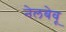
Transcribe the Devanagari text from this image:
नेलबेवू